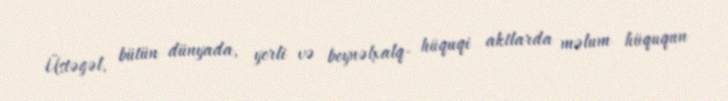
Üstəgəl, bütün dünyada, yerli və beynəlxalq- hüquqi aktlarda məlum hüququn